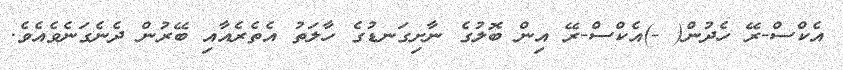
އެކްސް-ރޭ ހެދުން( -)އެކްސް-ރޭ އިން ބޮލުގެ ނާށިގަނޑުގެ ހާލަތު އެތެރެއާއި ބޭރުން ދެނެގަނެވެއެވެ.